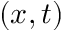
( x , t )